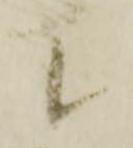
候